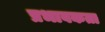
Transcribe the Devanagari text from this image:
प्रभावकता